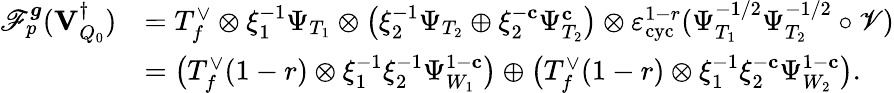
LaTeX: \begin{array}{rl}{\mathscr{F}_{p}^{\boldsymbol{g}}({\mathbf{V}_{Q_{0}}^{\dagger}})}&{=T_{f}^{\vee}\otimes\xi_{1}^{-1}\Psi_{T_{1}}\otimes\bigl(\xi_{2}^{-1}\Psi_{T_{2}}\oplus\xi_{2}^{-\mathbf{c}}\Psi_{T_{2}}^{\mathbf{c}}\bigr)\otimes\varepsilon_{\mathrm{cyc}}^{1-r}(\Psi_{T_{1}}^{-1/2}\Psi_{T_{2}}^{-1/2}\circ\mathscr{V})}\\ &{=\bigl(T_{f}^{\vee}(1-r)\otimes\xi_{1}^{-1}\xi_{2}^{-1}\Psi_{W_{1}}^{1-\mathbf{c}}\bigr)\oplus\bigl(T_{f}^{\vee}(1-r)\otimes\xi_{1}^{-1}\xi_{2}^{-\mathbf{c}}\Psi_{W_{2}}^{1-\mathbf{c}}\bigr).}\end{array}